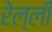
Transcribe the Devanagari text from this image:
रेल्ली